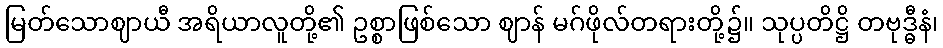
မြတ်သောဈာယီ အရိယာလူတို့၏ ဥစ္စာဖြစ်သော ဈာန် မဂ်ဖိုလ်တရားတို့၌။ သုပ္ပတိဋ္ဌိ တဗုဒ္ဓီနံ၊